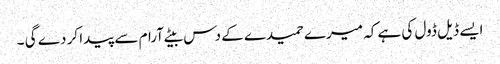
ایسے ڈیل ڈول کی ہے کہ میرے حمیدے کے دس بیٹے آرام سے پیدا کر دے گی ۔